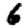
Digit: 6